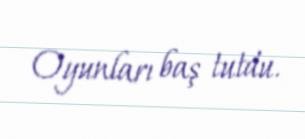
Oyunları baş tutdu.